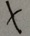
x